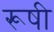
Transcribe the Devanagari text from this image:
रूषी